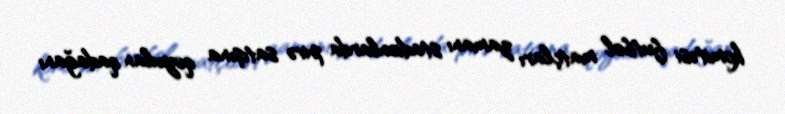
komitəsi futbol matçları zamanı stadionlarda pivə satışına qoyulan qadağanı